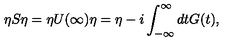
\eta S \eta = \eta U ( \infty ) \eta = \eta - i \int _ { - \infty } ^ { \infty } d t G ( t ) ,